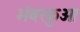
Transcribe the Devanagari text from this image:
भंवरकुआ